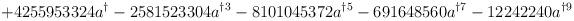
LaTeX: \begin{align*}+4255953324a^{\dag }-2581523304a^{\dag 3}-8101045372a^{\dag 5}-691648560a^{\dag 7}-12242240a^{\dag 9}\end{align*}